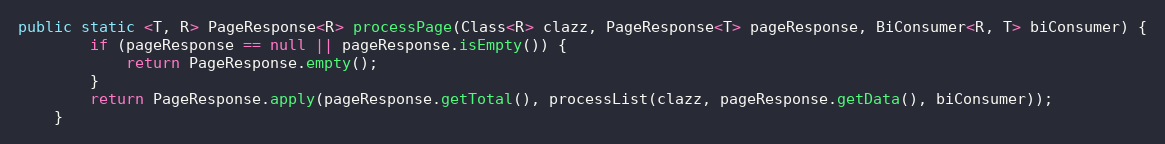
Language: Java
public static <T, R> PageResponse<R> processPage(Class<R> clazz, PageResponse<T> pageResponse, BiConsumer<R, T> biConsumer) {
        if (pageResponse == null || pageResponse.isEmpty()) {
            return PageResponse.empty();
        }
        return PageResponse.apply(pageResponse.getTotal(), processList(clazz, pageResponse.getData(), biConsumer));
    }